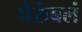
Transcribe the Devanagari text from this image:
पेरुंबलं